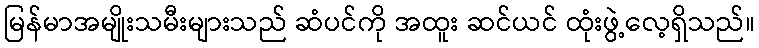
မြန်မာအမျိုးသမီးများသည် ဆံပင်ကို အထူး ဆင်ယင် ထုံးဖွဲ့လေ့ရှိသည်။